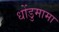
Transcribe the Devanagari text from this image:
धोंडुमामा